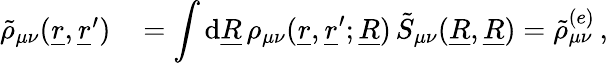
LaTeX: \begin{array}{rl}{\tilde{\rho}_{\mu\nu}(\underline{{r}},\underline{{r}}^{\prime})\, }&{=\displaystyle\int\mathrm{d}\underline{{R}}\, \rho_{\mu\nu}(\underline{{r}},\underline{{r}}^{\prime};\underline{{R}})\, \tilde{S}_{\mu\nu}(\underline{{R}},\underline{{R}})=\tilde{\rho}_{\mu\nu}^{(e)}\, ,}\end{array}